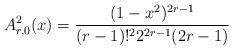
LaTeX: \begin{align*} A_{r,0}^2(x) = \frac{(1 - x^2)^{2r-1}}{(r-1)!^2 2^{2r-1} (2r-1)} \end{align*}